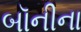
બૉનીના